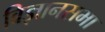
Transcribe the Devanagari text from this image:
विज्ञानसभा